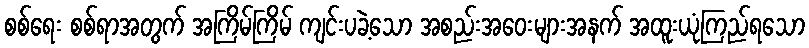
စစ်ရေး စစ်ရာအတွက် အကြိမ်ကြိမ် ကျင်းပခဲ့သော အစည်းအဝေးများအနက် အထူးယုံကြည်ရသော